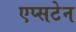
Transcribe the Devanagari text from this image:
एप्सटेन